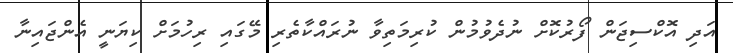
އަދި އޮކްސިޖަން ފޯރުކޮށް ނުދެވުމުން ކުރިމަތިވާ ނުރައްކާތެރި މޭގައި ރިހުމަށް ކިޔަނީ އެންޖައިނާ